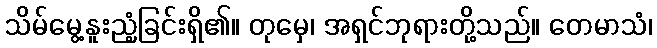
သိမ်မွေ့နူးညံ့ခြင်းရှိ၏။ တုမှေ၊ အရှင်ဘုရားတို့သည်။ တေမာသံ၊